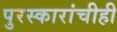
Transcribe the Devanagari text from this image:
पुरस्कारांचीही